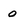
Character: 0